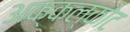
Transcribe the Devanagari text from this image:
अक्कल्कोट